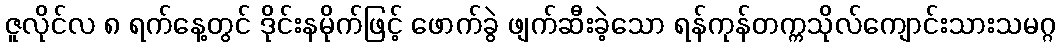
ဇူလိုင်လ ၈ ရက်နေ့တွင် ဒိုင်းနမိုက်ဖြင့် ဖောက်ခွဲ ဖျက်ဆီးခဲ့သော ရန်ကုန်တက္ကသိုလ်ကျောင်းသားသမဂ္ဂ